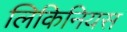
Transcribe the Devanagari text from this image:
लिकिनियस